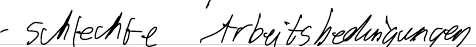
- schlechte Arbeitsbedingungen